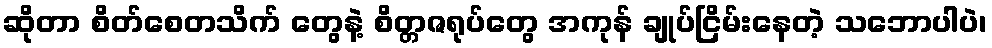
ဆိုတာ စိတ်စေတသိက် တွေနဲ့ စိတ္တဇရုပ်တွေ အကုန် ချုပ်ငြိမ်းနေတဲ့ သဘောပါပဲ၊